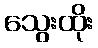
သွေးထိုး